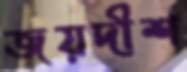
জয়দীশ